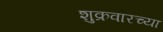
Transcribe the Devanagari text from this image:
शुक्रवारच्या